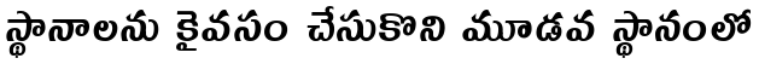
స్థానాలను కైవసం చేసుకొని మూడవ స్థానంలో